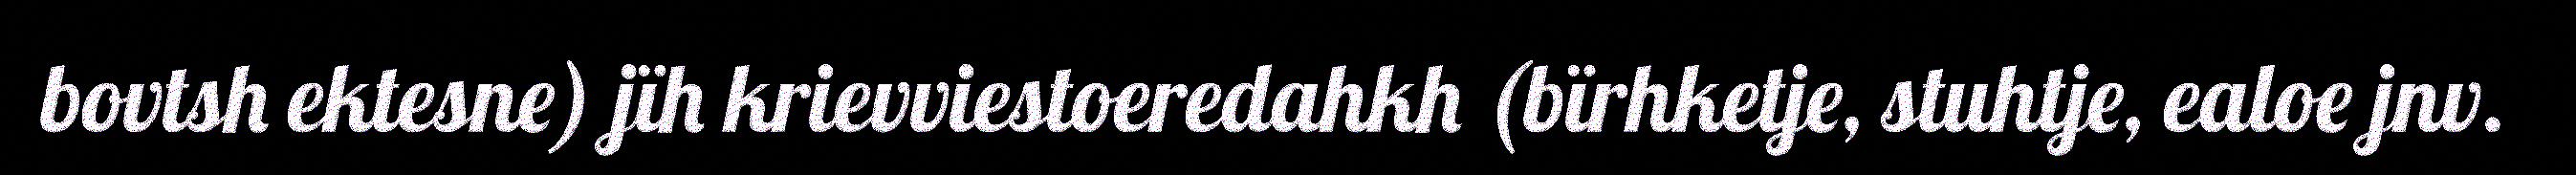
bovtsh ektesne) jïh krievviestoeredahkh (bïrhketje, stuhtje, ealoe jnv.